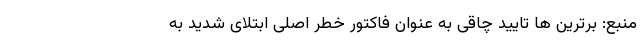
منبع: برترین ها تایید چاقی به عنوان فاکتور خطر اصلی ابتلای شدید به